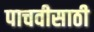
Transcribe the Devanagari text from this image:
पाचवीसाठी